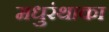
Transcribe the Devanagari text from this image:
मधुरंथाका